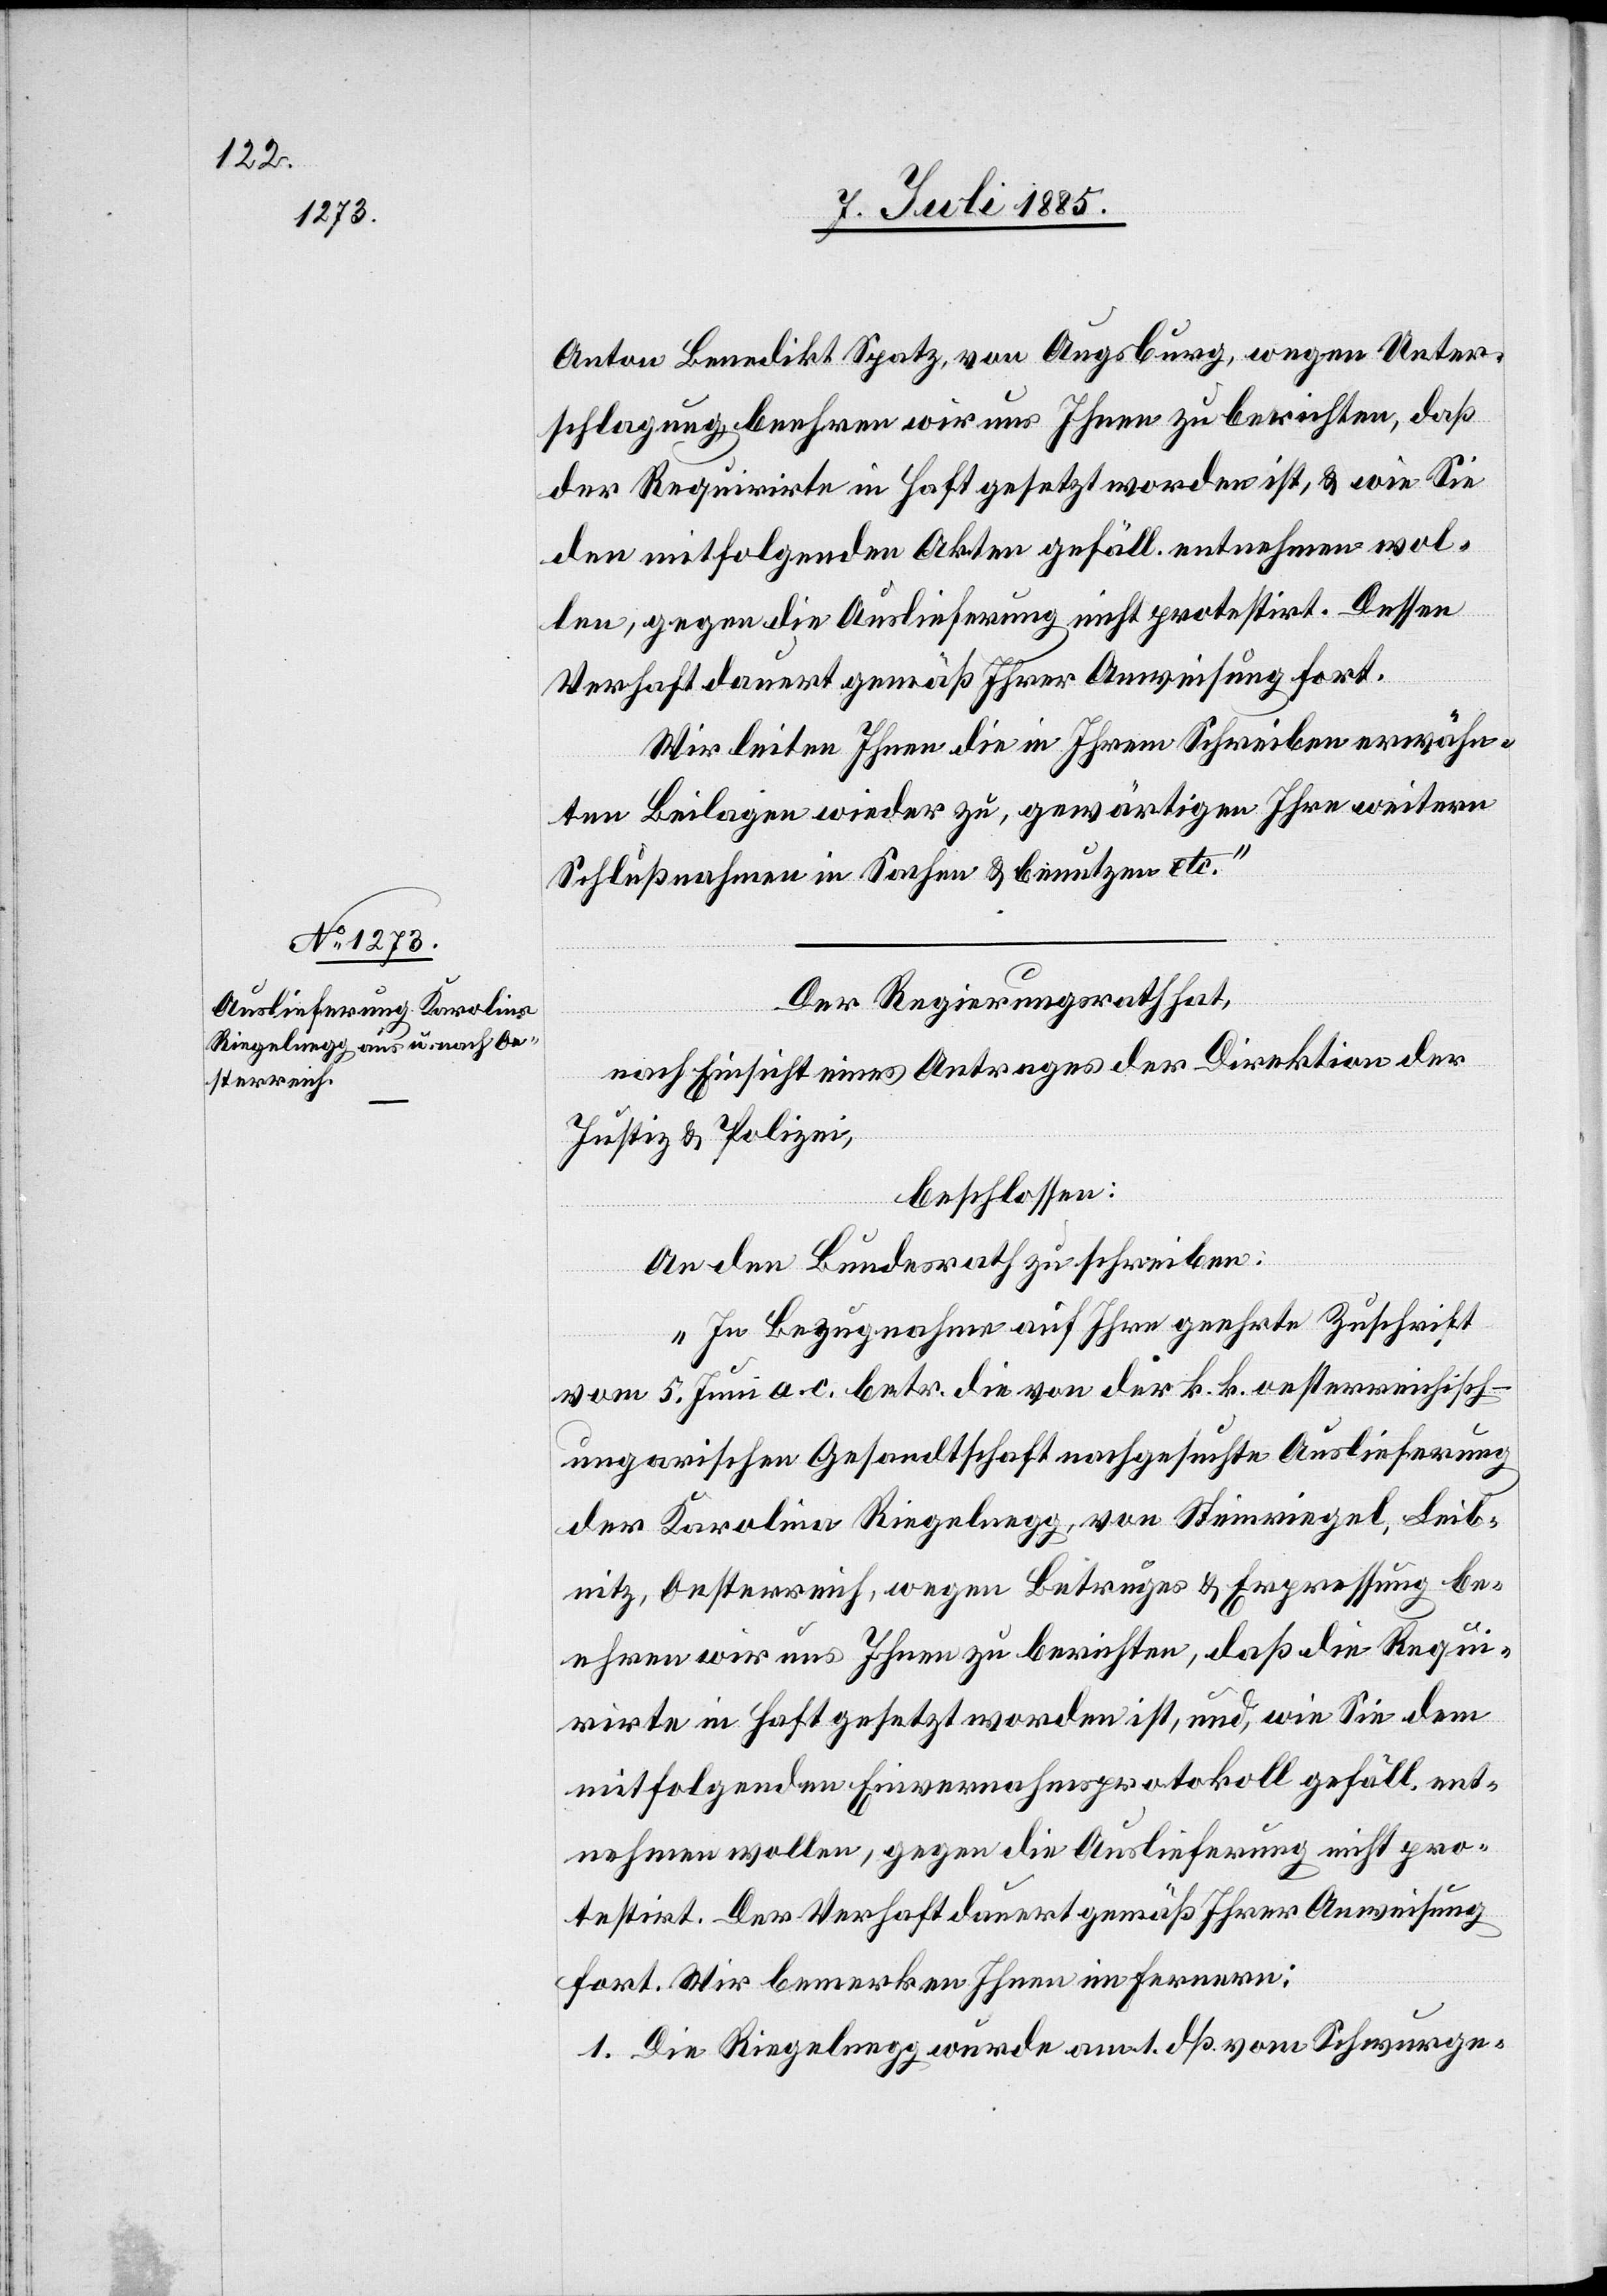
8. Juli 1885.]
Anton Benedikt Spatz, von Augsburg wegen Unter¬
schlagung beehren wir uns Ihnen zu berichten, daß
der Requirirte in Haft gesetzt worden ist, & wie Sie
den mitfolgenden Akten gefäll. entnehmen wol¬
len, gegen die Auslieferung nicht protestirt. Dessen
Verhaft dauert gemäß Ihrer Anweisung fort.
Wir leiten Ihnen die in Ihrem Schreiben erwähn¬
ten Beilagen wieder zu, gewärtigen Ihre weitern
Schlußnahmen in Sachen & benutzen etc.“
Der Regierungsrath hat,
nach Einsicht eines Antrages der Direktion der
Justiz & Polizei,
beschlossen:
An den Bundesrath zu schreiben:
„In Bezugnahme auf Ihre geehrte Zuschrift
vom 5. Juni a. c. betr. die von der k. k. oesterreichisch-u¬
ngarischen Gesandtschaft nachgesuchte Auslieferung
der Karolina Riegelnegg, von Steinriegel, Leib¬
nitz, Oesterreich, wegen Betruges & Erpressung be¬
ehren wir uns Ihnen zu berichten, daß die Requi¬
rirte in Haft gesetzt worden ist, und, wie Sie dem
mitfolgenden Einvernahmsprotokoll gefäll. ent¬
nehmen wollen, gegen die Auslieferung nicht pro¬
testirt. Der Verhaft dauert gemäß Ihrer Anweisung
fort. Wir bemerken Ihnen im Fernern:
1. Die Riegelnegg wurde am 1. dß. vom Schwurge-